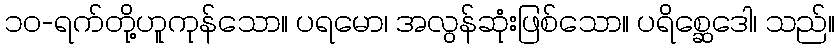
၁၀-ရက်တို့ဟူကုန်သော။ ပရမော၊ အလွန်ဆုံးဖြစ်သော။ ပရိစ္ဆေဒေါ၊ သည်။